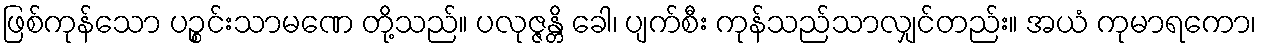
ဖြစ်ကုန်သော ပဉ္စင်းသာမဏေ တို့သည်။ ပလုဇ္ဇန္တိ ခေါ၊ ပျက်စီး ကုန်သည်သာလျှင်တည်း။ အယံ ကုမာရကော၊